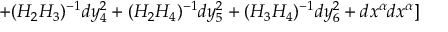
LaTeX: + ( H _ { 2 } H _ { 3 } ) ^ { - 1 } d y _ { 4 } ^ { 2 } + ( H _ { 2 } H _ { 4 } ) ^ { - 1 } d y _ { 5 } ^ { 2 } + ( H _ { 3 } H _ { 4 } ) ^ { - 1 } d y _ { 6 } ^ { 2 } + d x ^ { \alpha } d x ^ { \alpha } ]